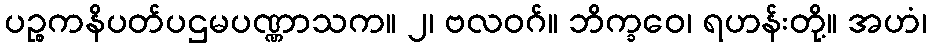
ပဉ္စကနိပတ်ပဌမပဏ္ဏာသက။ ၂၊ ဗလဝဂ်။ ဘိက္ခဝေ၊ ရဟန်းတို့။ အဟံ၊